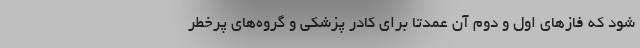
شود که فازهای اول و دوم آن عمدتا برای کادر پزشکی و گروه‌های پرخطر